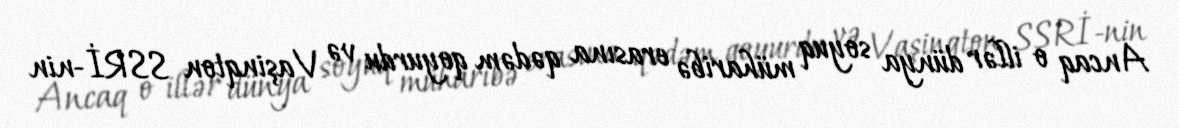
Ancaq o illər dünya soyuq müharibə erasına qədəm qoyurdu və Vaşinqton SSRİ-nin